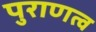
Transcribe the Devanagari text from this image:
पुराणत्व